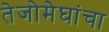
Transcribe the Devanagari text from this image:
तेजोमेघांचा